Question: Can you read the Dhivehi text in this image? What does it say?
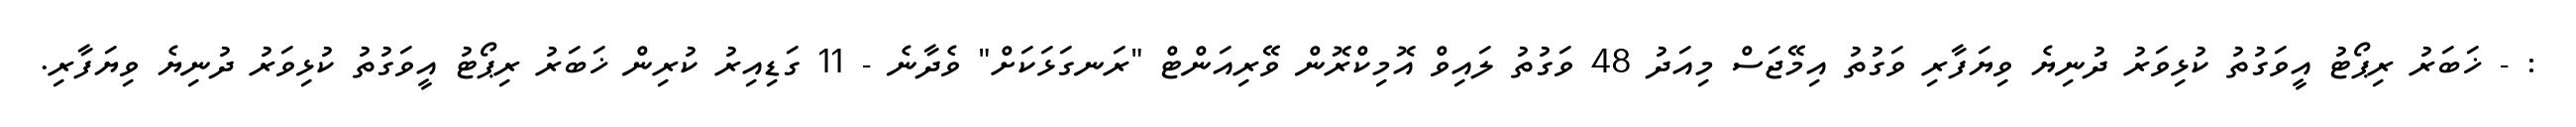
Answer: : - ޚަބަރު ރިޕޯޓު އީވަގުތު ކުޅިވަރު ދުނިޔެ ވިޔަފާރި ވަގުތު އިމޭޖަސް މިއަދު 48 ވަގުތު ލައިވް އޮމިކްރޮން ވޭރިއަންޓް "ރަނގަޅަކަށް" ވެދާނެ - 11 ގަޑިއިރު ކުރިން ޚަބަރު ރިޕޯޓު އީވަގުތު ކުޅިވަރު ދުނިޔެ ވިޔަފާރި.